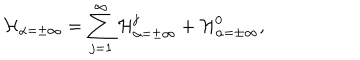
LaTeX: { \cal H } _ { \alpha = \pm \infty } = \sum _ { j = 1 } ^ { \infty } { \cal H } _ { \alpha = \pm \infty } ^ { j } + { \cal H } _ { \alpha = \pm \infty } ^ { 0 } ,